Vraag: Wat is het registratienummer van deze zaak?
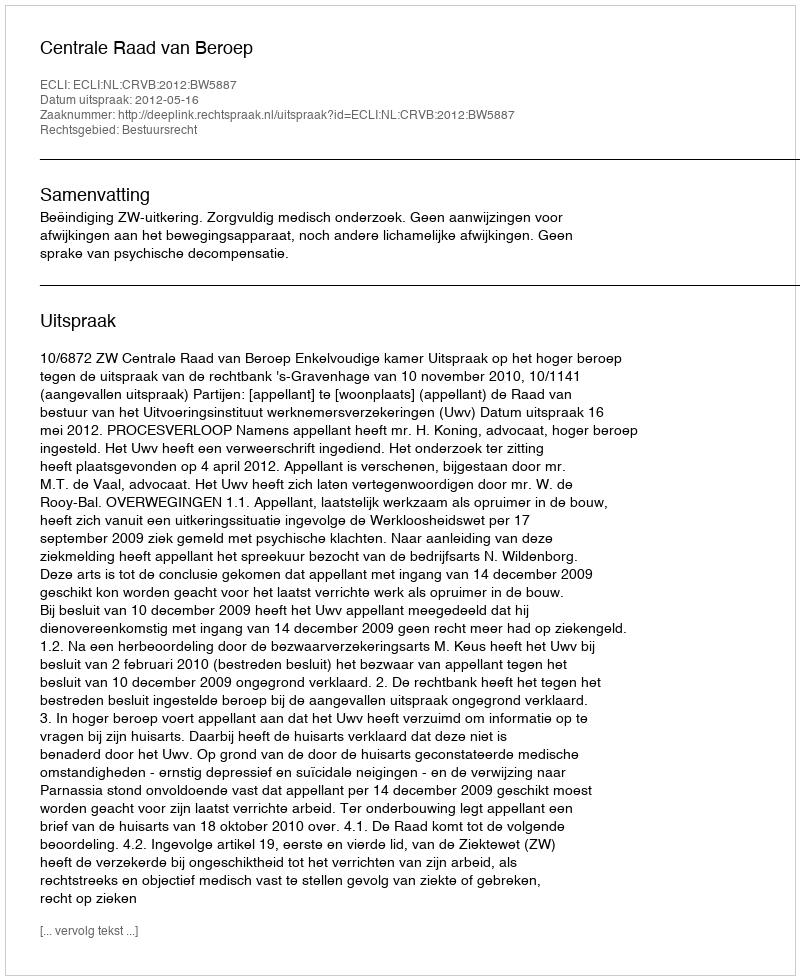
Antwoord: http://deeplink.rechtspraak.nl/uitspraak?id=ECLI:NL:CRVB:2012:BW5887